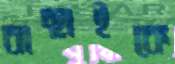
বাছাইকে